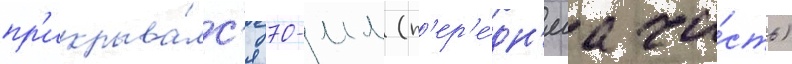
пр'икрыва́лс'я 70-мм (п'ер'е́дн'яа ча́сть)